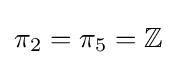
\pi _{2}=\pi _{5}=\mathbb {Z}